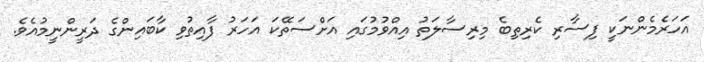
އަހަރެމެންނަކީ ފިސާރި ކެރިތިބެ މިރިސާލަތު އިއްވުމުގައި އަށްސަތޭކަ އަހަރު ފާއިތުވި ކާބައިންގެ ދަރީންނީމުއެވެ.